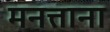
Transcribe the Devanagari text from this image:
मनत्ताना